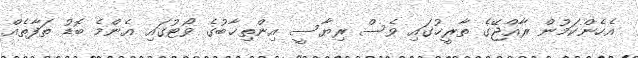
އެހެންކަމުން ރާއްޖޭގެ ތާރީޚުގައި ވެސް ރިޔާސީ އިންތިޚާބުގެ ވޯޓުގައި އެންމެ ބޮޑު ތަފާތެއް